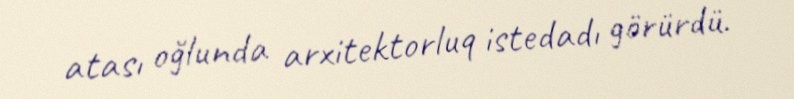
atası oğlunda arxitektorluq istedadı görürdü.